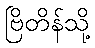
ဗြိတိန်သို့